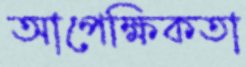
আপেক্ষিকতা